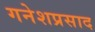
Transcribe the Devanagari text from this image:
गनेशप्रसाद